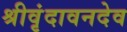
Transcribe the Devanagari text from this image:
श्रीवृंदावनदेव